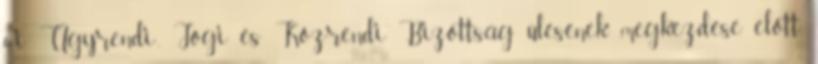
6-i Ügyrendi-, Jogi és Közrendi Bizottság ülésének megkezdése előtt